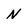
Character: N